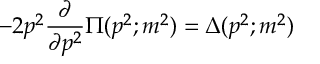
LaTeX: - 2 p ^ { 2 } \frac { \partial } { \partial p ^ { 2 } } \Pi ( p ^ { 2 } ; m ^ { 2 } ) = \Delta ( p ^ { 2 } ; m ^ { 2 } )